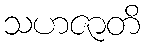
သဟဇာတိ